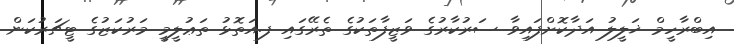
އިބްރާހީމް ޚަލީލު އަދާކޮށްފައިވާ ސަރުކާރުގެ ވަޒީފާތަކުގެ ތެރޭގައި ފ.އަތޮޅު ތަޢުލީމީ މަރުކަޒުގެ ޓީޗަރުކަން